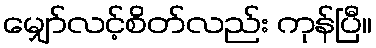
မျှော်လင့်စိတ်လည်း ကုန်ပြီ။